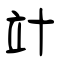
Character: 竍